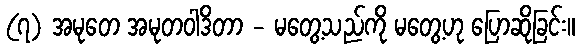
(၇) အမုတေ အမုတဝါဒိတာ - မတွေ့သည်ကို မတွေ့ဟု ပြောဆိုခြင်း။